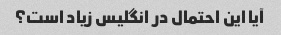
آیا این احتمال در انگلیس زیاد است؟